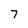
Character: 7